Annual report of the Punjab Veterinary College and of the Civil Veterinary Department, Punjab - 1894-1908
Year: 1894
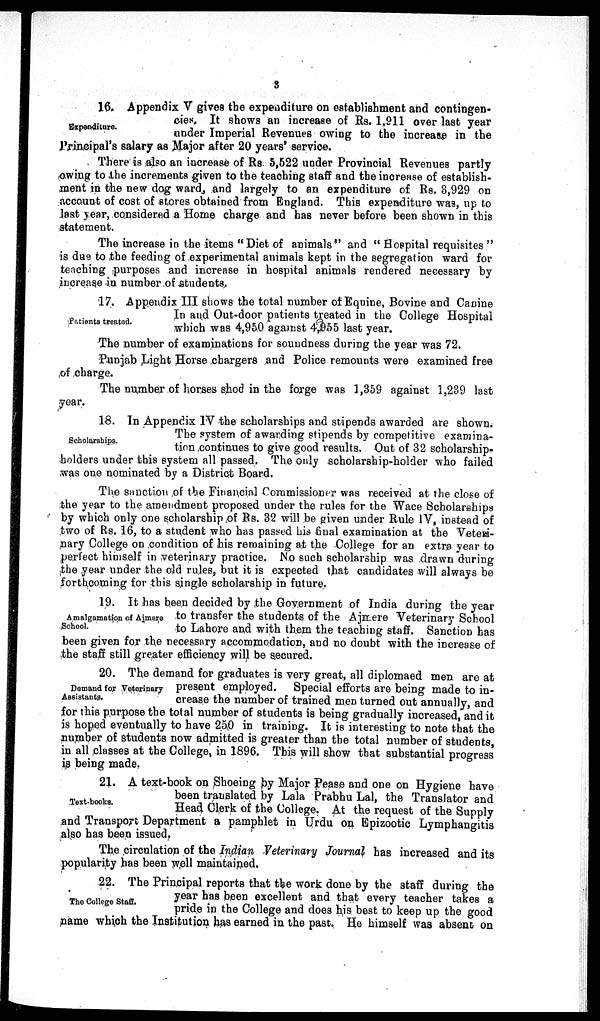
3
Expenditure.
16. Appendix V gives the expenditure on establishment and contingen-
cies. It shows an increase of Rs. 1,911 over last year
under Imperial Revenues owing to the increase in the
Principal's salary as Major after 20 years' service.
There is also an increase of Rs. 5,522 under Provincial Revenues partly
owing to the increments given to the teaching staff and the increase of establish-
ment in the new dog ward, and largely to an expenditure of Rs. 3,929 on
account of cost of stores obtained from England. This expenditure was, up to
last year, considered a Home charge and has never before been shown in this
statement.
The increase in the items "Diet of animals" and "Hospital requisites"
is due to the feeding of experimental animals kept in the segregation ward for
teaching purposes and increase in hospital animals rendered necessary by
increase in number of students.
Patients treated.
17. Appendix III shows the total number of Equine, Bovine and Canine
In and Out-door patients treated in the College Hospital
which was 4,950 against 4,955 last year.
The number of examinations for soundness during the year was 72.
Punjab Light Horse chargers and Police remounts were examined free
of charge.
The number of horses shod in the forge was 1,359 against 1,239 last
year.
Scholarships.
18. In Appendix IV the scholarships and stipends awarded are shown.
The system of awarding stipends by competitive examina-
tion continues to give good results. Out of 32 scholarship-
holders under this system all passed. The only scholarship-holder who failed
was one nominated by a District Board.
The sanction of the Financial Commissioner was received at the close of
the year to the amendment proposed under the rules for the Wace Scholarships
by which only one scholarship of Rs. 32 will be given under Rule IV, instead of
two of Rs. 16, to a student who has passed his final examination at the Veteri-
nary College on condition of his remaining at the College for an extra year to
perfect himself in veterinary practice. No such scholarship was drawn during
the year under the old rules, but it is expected that candidates will always be
forthcoming for this single scholarship in future.
Amalgamation of Ajmere
School.
19. It has been decided by the Government of India during the year
to transfer the students of the Ajmere Veterinary School
to Lahore and with them the teaching staff. Sanction has
been given for the necessary accommodation, and no doubt with the increase of
the staff still greater efficiency will be secured.
Demand for Veterinary
Assistants.
20. The demand for graduates is very great, all diplomaed men are at
present employed. Special efforts are being made to in-
crease the number of trained men turned out annually, and
for this purpose the total number of students is being gradually increased, and it
is hoped eventually to have 250 in training. It is interesting to note that the
number of students now admitted is greater than the total number of students,
in all classes at the College, in 1896. This will show that substantial progress
is being made.
Text-books.
21. A text-book on Shoeing by Major Pease and one on Hygiene have
been translated by Lala Prabhu Lal, the Translator and
Head Clerk of the College. At the request of the Supply
and Transport Department a pamphlet in Urdu on Epizootic Lymphangitis
also has been issued.
The circulation of the Indian Veterinary Journal has increased and its
popularity has been well maintained.
The College Staff.
22. The Principal reports that the work done by the staff during the
year has been excellent and that every teacher takes a
pride in the College and does his best to keep up the good
name which the Institution has earned in the past. He himself was absent on